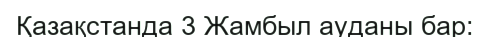
Қазақстанда 3 Жамбыл ауданы бар: